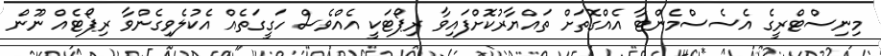
މިނިސްޓްރީގެ އެސެސްމެންޓާ އެއްގޮތަށް ތައްޔާރުކޮށްފައިވާ ރިޕޯޓަކީ އެއްވެސް ހަގީގަތެއް އެކުލެވިގެންވާ ރިޕޯޓެއް ނޫން